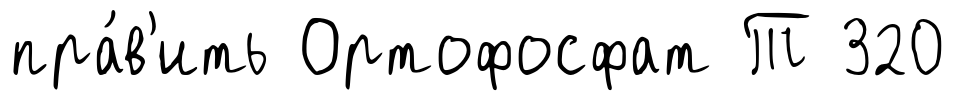
пра́в'ить Ортофосфат Т 320